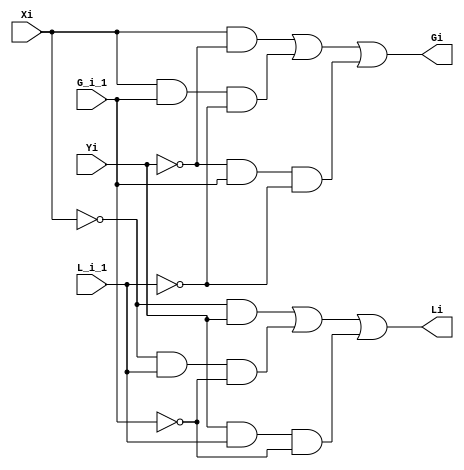
module two_bit_comp(Xi, Yi, G_i_1, L_i_1, Gi, Li);
  input  Xi, Yi, G_i_1, L_i_1;
  output Gi, Li;

  not #10 inv0 (notXi,    Xi);
  not #10 inv1 (notYi,    Yi);
  not #10 inv2 (notG_i_1, G_i_1);
  not #10 inv3 (notL_i_1, L_i_1);

  and #20 and2_0 (Gi_0, Xi, notYi);
  and #20 and2_1 (Li_0, notXi, Yi);
  
  and #30 and3_0 (Gi_1,    Xi, G_i_1, notL_i_1);
  and #30 and3_1 (Gi_2, notYi, G_i_1, notL_i_1);
  and #30 and3_2 (Li_1, notXi, L_i_1, notG_i_1);
  and #30 and3_3 (Li_2,    Yi, L_i_1, notG_i_1);

  or  #30 or3_0 (Gi, Gi_0, Gi_1, Gi_2);
  or  #30 or3_1 (Li, Li_0, Li_1, Li_2);
endmodule



module eight_bit_serial (X, Y, G, L);
  input  [7:0] X, Y;
  output G, L;
 
  two_bit_comp i0 (X[1], Y[1], X[0], Y[0], G1, L1);
  two_bit_comp i1 (X[2], Y[2],   G1,   L1, G2, L2);
  two_bit_comp i2 (X[3], Y[3],   G2,   L2, G3, L3);
  two_bit_comp i3 (X[4], Y[4],   G3,   L3, G4, L4);
  two_bit_comp i4 (X[5], Y[5],   G4,   L4, G5, L5);
  two_bit_comp i5 (X[6], Y[6],   G5,   L5, G6, L6);
  two_bit_comp i6 (X[7], Y[7],   G6,   L6,  G,  L);
endmodule



module eight_bit_parallel (X, Y, G, L);
  input  [7:0] X, Y;
  output G, L;

  two_bit_comp i0 (X[1], Y[1], X[0], Y[0], G1, L1);
  two_bit_comp i1 (X[3], Y[3], X[2], Y[2], G3, L3);
  two_bit_comp i2 (X[5], Y[5], X[4], Y[4], G5, L5);
  two_bit_comp i3 (X[7], Y[7], X[6], Y[6], G7, L7);
  two_bit_comp i4 (G7, L7, G5, L5, G7_4, L7_4);
  two_bit_comp i5 (G3, L3, G1, L1, G3_0, L3_0);
  two_bit_comp i6 (G7_4, L7_4, G3_0, L3_0, G,  L);
endmodule



module randomtestdelay();
  reg  [7:0] X, Y;
  
  eight_bit_serial   i0 (X, Y, GS, LS);
  eight_bit_parallel i1 (X, Y, GP, LP);

  initial begin X=0; Y=0;
    #1000  X=8'b01000000; Y=8'b00111111; end
endmodule